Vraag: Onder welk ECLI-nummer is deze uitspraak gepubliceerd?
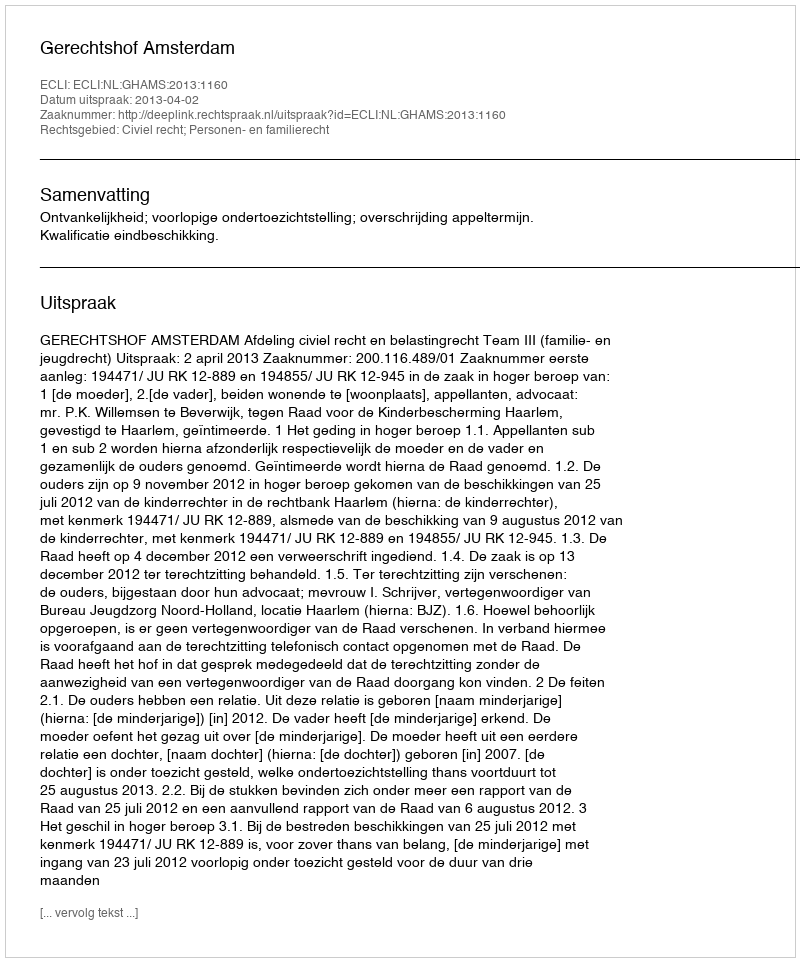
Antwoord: ECLI:NL:GHAMS:2013:1160